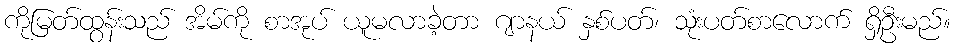
ကိုမြတ်ထွန်းသည် အိမ်ကို စာအုပ် ယူမလာခဲ့တာ ဂျာနယ် နှစ်ပတ်၊ သုံးပတ်စာလောက် ရှိဦးမည်။